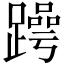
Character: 𬧒